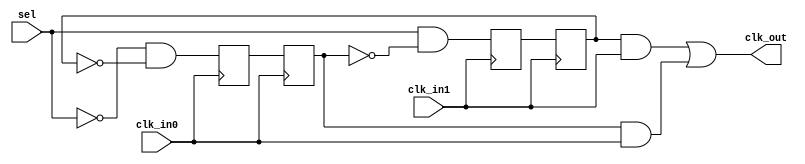
/* ----------------------------------------------------------------------------
clk_switch.v
A glitch-free clock mux.

Based on the design descirbed here:
https://www.eetimes.com/techniques-to-make-clock-switching-glitch-free/
---------------------------------------------------------------------------- */


module clk_switch (
    input   sel,
    input   clk_in0,
    input   clk_in1,
    output  clk_out
);

reg     dff_clk0p;
reg     dff_clk0n;
reg     dff_clk1p;
reg     dff_clk1n;

always @(posedge clk_in0)
    dff_clk0p <= (!sel && !dff_clk1n);

always @(negedge clk_in0)
    dff_clk0n <= dff_clk0p;

always @(posedge clk_in1)
    dff_clk1p <= (sel && !dff_clk0n);

always @(negedge clk_in1)
    dff_clk1n <= dff_clk1p;

assign clk_out = (dff_clk1n && clk_in1) || (dff_clk0n && clk_in0);

endmodule